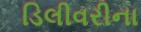
ડિલીવરીના